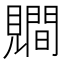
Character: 𧢑